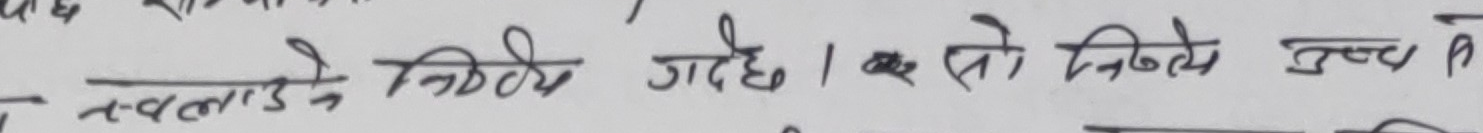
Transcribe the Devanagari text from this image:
नस्लाड्ने निर्देश गर्दछ। अरु सो निकाल्ये रूप में